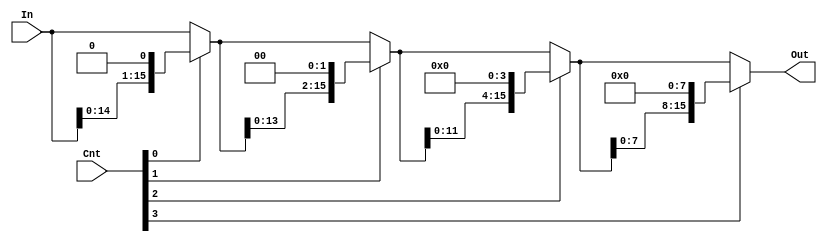

module LogicalLShifter (In, Cnt, Out);
	input [15:0] In;
	input [3:0]  Cnt;
	output [15:0] Out;
	
	wire [15:0] MR_out_0, MR_out_1, MR_out_2;
	
	// mux_row_16 MR0 (.In1({  In[14:0]      , 1'b0      }), .In0(In), 	  .Sel(Cnt[0]), .Out(MR_out_0));
	// mux_row_16 MR1 (.In1({ MR_out_0[13:0] , {2{1'b0}} }), .In0(MR_out_0), .Sel(Cnt[1]), .Out(MR_out_1));
	// mux_row_16 MR2 (.In1({ MR_out_1[11:0] , {4{1'b0}} }), .In0(MR_out_1), .Sel(Cnt[2]), .Out(MR_out_2));
	// mux_row_16 MR3 (.In1({ MR_out_2[7:0]  , {8{1'b0}} }), .In0(MR_out_2), .Sel(Cnt[3]), .Out(Out));
	
	assign MR_out_0 = Cnt[0] ? {  In[14:0]      , 1'b0      } : In;
	assign MR_out_1 = Cnt[1] ? { MR_out_0[13:0] , {2{1'b0}} } : MR_out_0;
	assign MR_out_2 = Cnt[2] ? { MR_out_1[11:0] , {4{1'b0}} } : MR_out_1;
	assign Out      = Cnt[3] ? { MR_out_2[7:0]  , {8{1'b0}} } : MR_out_2;

endmodule